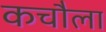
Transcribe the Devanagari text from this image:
कचौला